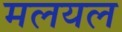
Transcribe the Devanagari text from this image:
मलयल